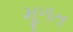
મૂળત